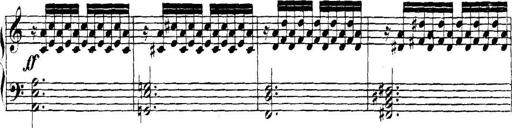
Title: Collected Piano Sonatas
Composer: Muzio Clementi